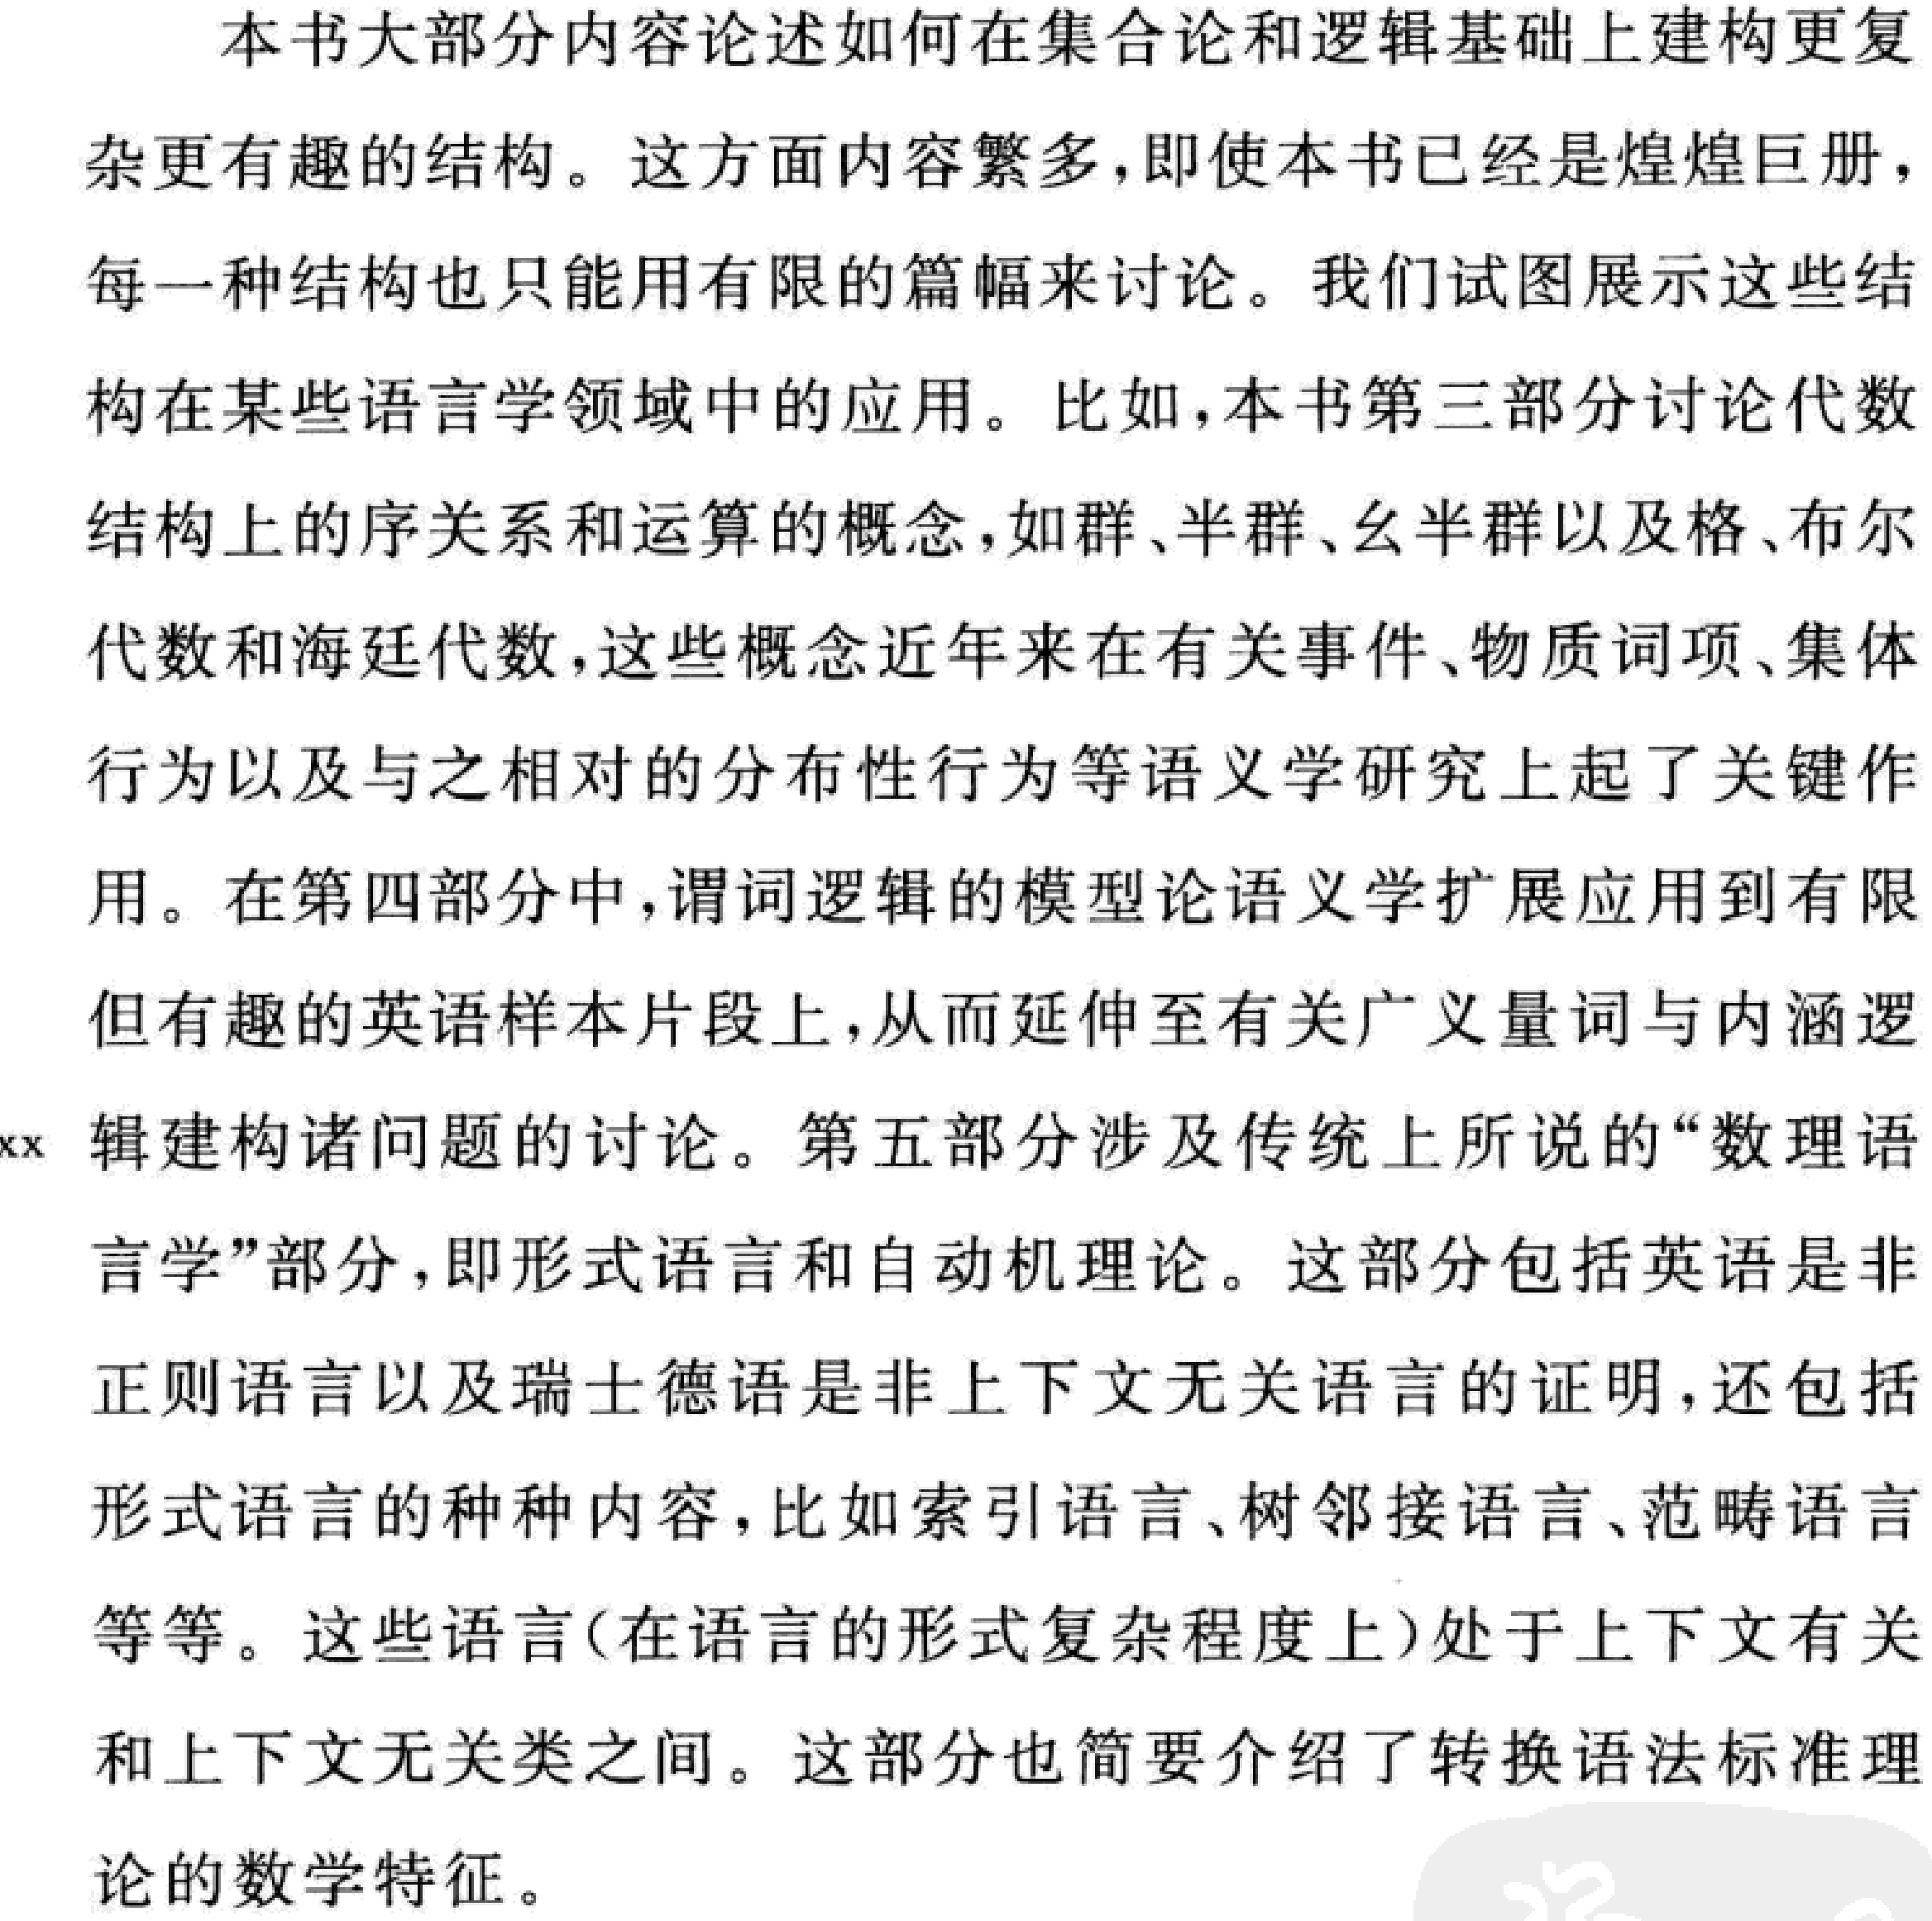
本书大部分内容论述如何在集合论和逻辑基础上建构更复杂更有趣的结构。这方面内容繁多，即使本书已经是煌煌巨册，每一种结构也只能用有限的篇幅来讨论。我们试图展示这些结构在某些语言学领域中的应用。比如，本书第三部分讨论代数结构上的序关系和运算的概念，如群、半群、幺半群以及格、布尔代数和海廷代数，这些概念近年来在有关事件、物质词项、集体行为以及与之相对的分布性行为等语义学研究上起了关键作用。在第四部分中，谓词逻辑的模型论语义学扩展应用到有限但有趣的英语样本片段上，从而延伸至有关广义量词与内涵逻辑建构诸问题的讨论。第五部分涉及传统上所说的“数理语言学”部分，即形式语言和自动机理论。这部分包括英语是非正则语言以及瑞士德语是非上下文无关语言的证明，还包括形式语言的种种内容，比如索引语言、树邻接语言、范畴语言等等。这些语言（在语言的形式复杂程度上）处于上下文有关和上下文无关类之间。这部分也简要介绍了转换语法标准理论的数学特征。